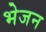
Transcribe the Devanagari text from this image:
भेजन